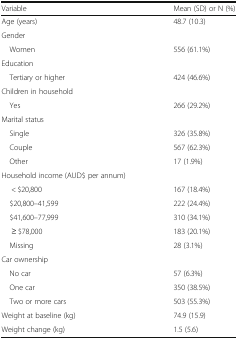
<table><thead><tr><td><b>Variable</b></td><td><b>Mean (SD) or N (%)</b></td></tr></thead><tbody><tr><td>Age (years)</td><td>48.7 (10.3)</td></tr><tr><td colspan="2">Gender</td></tr><tr><td> Women</td><td>556 (61.1%)</td></tr><tr><td colspan="2">Education</td></tr><tr><td> Tertiary or higher</td><td>424 (46.6%)</td></tr><tr><td colspan="2">Children in household</td></tr><tr><td> Yes</td><td>266 (29.2%)</td></tr><tr><td colspan="2">Marital status</td></tr><tr><td> Single</td><td>326 (35.8%)</td></tr><tr><td> Couple</td><td>567 (62.3%)</td></tr><tr><td> Other</td><td>17 (1.9%)</td></tr><tr><td colspan="2">Household income (AUD$ per annum)</td></tr><tr><td>&lt; $20,800</td><td>167 (18.4%)</td></tr><tr><td> $20,800–41,599</td><td>222 (24.4%)</td></tr><tr><td> $41,600–77,999</td><td>310 (34.1%)</td></tr><tr><td>≥ $78,000</td><td>183 (20.1%)</td></tr><tr><td> Missing</td><td>28 (3.1%)</td></tr><tr><td colspan="2">Car ownership</td></tr><tr><td> No car</td><td>57 (6.3%)</td></tr><tr><td> One car</td><td>350 (38.5%)</td></tr><tr><td> Two or more cars</td><td>503 (55.3%)</td></tr><tr><td>Weight at baseline (kg)</td><td>74.9 (15.9)</td></tr><tr><td>Weight change (kg)</td><td>1.5 (5.6)</td></tr></tbody></table>